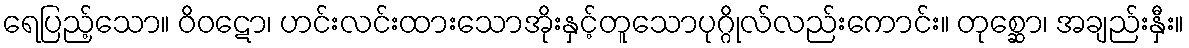
ရေပြည့်သော။ ဝိဝဋော၊ ဟင်းလင်းထားသောအိုးနှင့်တူသောပုဂ္ဂိုလ်လည်းကောင်း။ တုစ္ဆော၊ အချည်းနှီး။